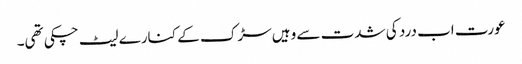
عورت اب درد کی شدت سے وہیں سڑک کے کنارے لیٹ چکی تھی۔